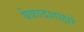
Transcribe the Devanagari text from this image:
येकादशाक्षरे